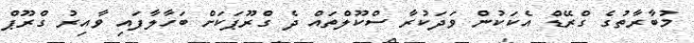
މުބާރާތުގެ ގްރޭޑް އެކަކުން ވަދަކުރާ ސްކޫލްތައް ދެ ގްރޫޕަކަށް ބަހާލާފައި ވާއިރު ގްރޫޕް